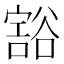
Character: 𰶖